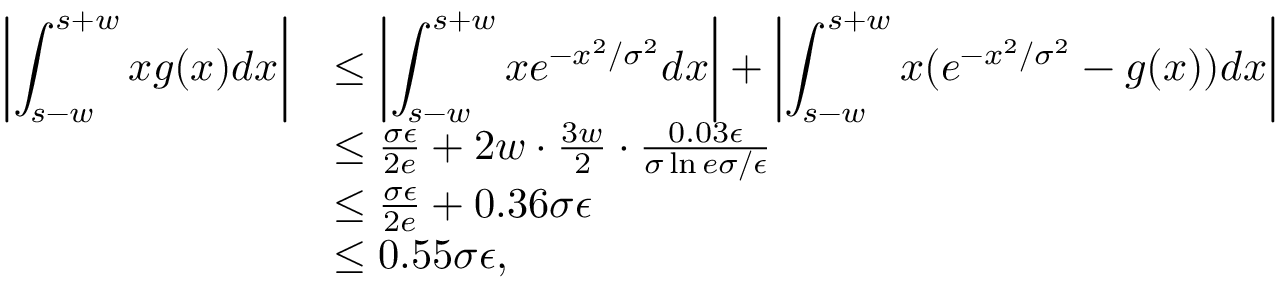
\begin{array} { r l } { \left| \displaystyle \int _ { s - w } ^ { s + w } x g ( x ) d x \right| } & { \le \left| \displaystyle \int _ { s - w } ^ { s + w } x e ^ { - x ^ { 2 } / \sigma ^ { 2 } } d x \right| + \left| \displaystyle \int _ { s - w } ^ { s + w } x ( e ^ { - x ^ { 2 } / \sigma ^ { 2 } } - g ( x ) ) d x \right| } \\ & { \le \frac { \sigma \epsilon } { 2 e } + 2 w \cdot \frac { 3 w } { 2 } \cdot \frac { 0 . 0 3 \epsilon } { \sigma \ln { e \sigma / \epsilon } } } \\ & { \le \frac { \sigma \epsilon } { 2 e } + 0 . 3 6 \sigma \epsilon } \\ & { \le 0 . 5 5 \sigma \epsilon , } \end{array}